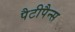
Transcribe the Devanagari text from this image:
पैटीपैन्स